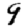
Digit: 9